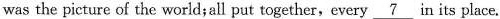
was the picture of the world; all put together,every\underline{7}in its place.